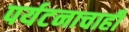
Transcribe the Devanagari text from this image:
पर्यटनाचाही